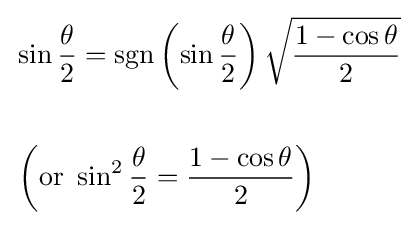
{\begin{aligned}&\sin {\frac {\theta }{2}}=\operatorname {sgn} \left(\sin {\frac {\theta }{2}}\right){\sqrt {\frac {1-\cos \theta }{2}}}\\\\&\left({\text{or }}\sin ^{2}{\frac {\theta }{2}}={\frac {1-\cos \theta }{2}}\right)\end{aligned}}